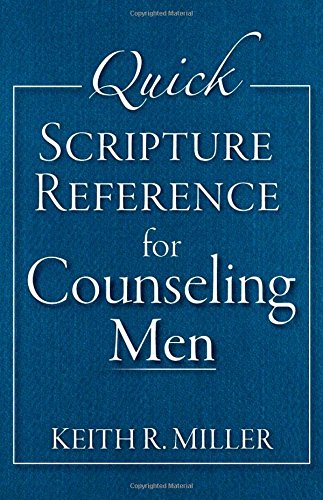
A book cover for Quick Scripture Reference for Counseling Men; Keith R. Miller; Christian Books & Bibles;